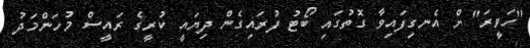
"ހަވީރަ" ށް އެނގިފައިވާ ގޮތުގައި ބޯޓު ފުރައިގެން ދިޔައީ ކުރީގެ ރައީސް މުހަންމަދު